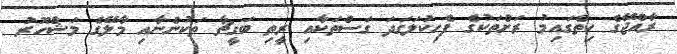
ރާއްޖޭގެ ހިތްގައިމު ރަށްތަކުގެ ފެހިކުލަގަދަ ގަސްތަކާއި ރީތި ބަގީޗާ ތަކުންނާއި މާލޭގެ މަޝްހޫރު